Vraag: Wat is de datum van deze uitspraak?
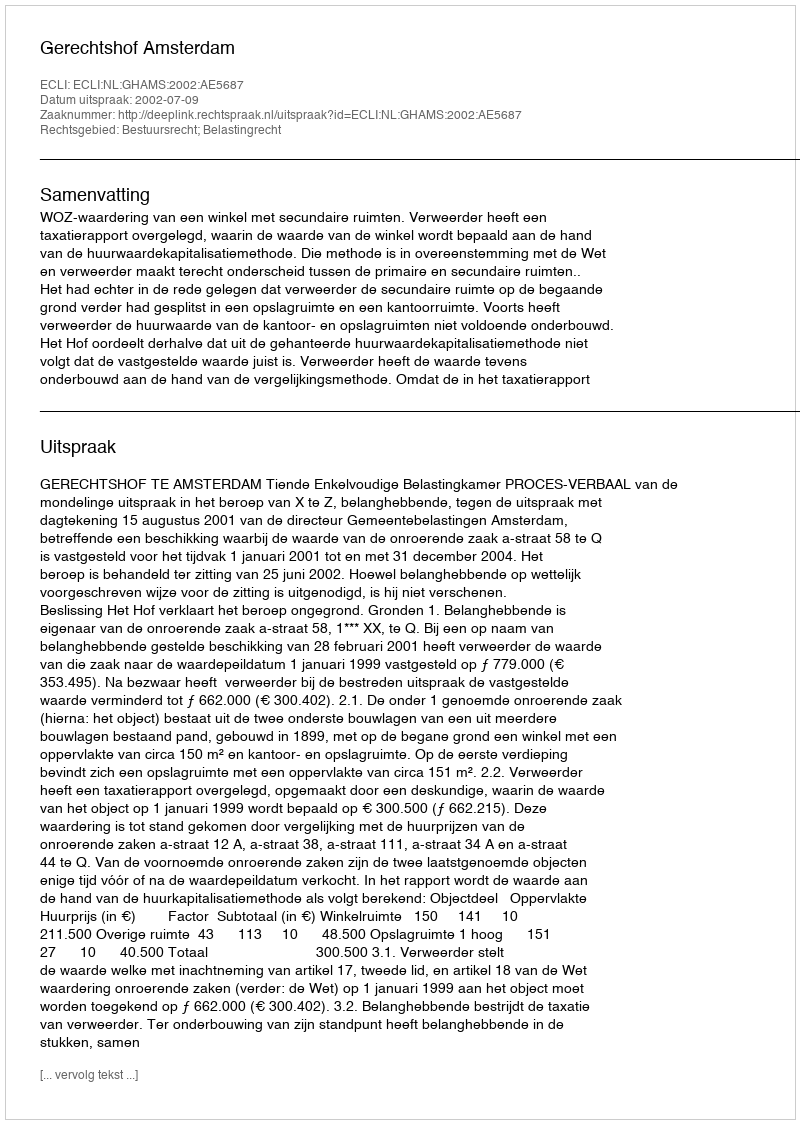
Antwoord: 2002-07-09